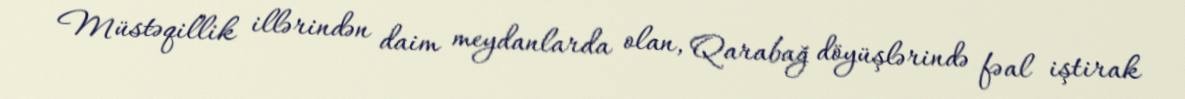
Müstəqillik illərindən daim meydanlarda olan, Qarabağ döyüşlərində fəal iştirak